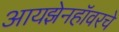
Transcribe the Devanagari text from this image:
आयझेनहॉवरचे